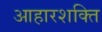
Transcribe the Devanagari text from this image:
आहारशक्ति